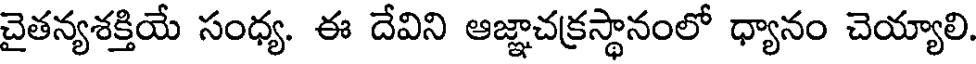
చైతన్యశక్తియే సంధ్య. ఈ దేవిని ఆజ్ఞాచక్రస్థానంలో ధ్యానం చెయ్యాలి.